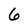
Character: 6